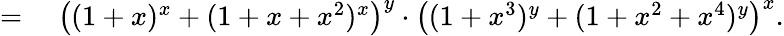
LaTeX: \begin{array}{rl}{={}}&{{}\left((1+x)^{x}+(1+x+x^{2})^{x}\right)^{y}\cdot\left((1+x^{3})^{y}+(1+x^{2}+x^{4})^{y}\right)^{x}.}\end{array}